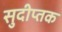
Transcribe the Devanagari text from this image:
सुदीप्तक